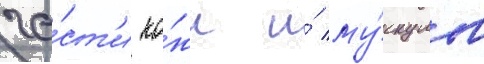
ча́ст'и ко́жи и́ му́скулов